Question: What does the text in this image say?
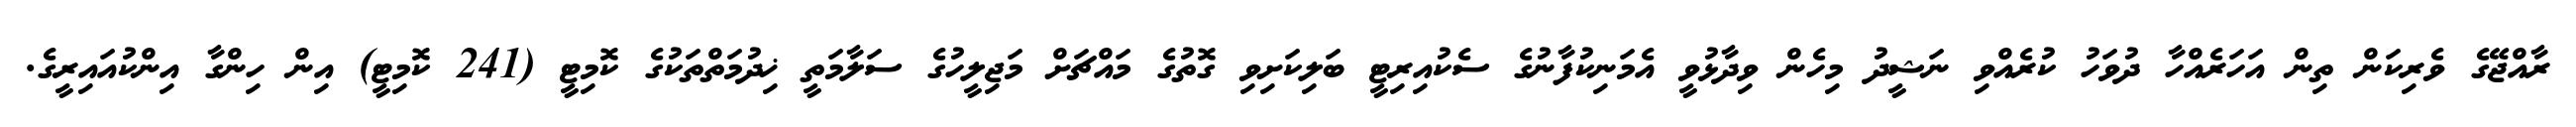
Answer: ރާއްޖޭގެ ވެރިކަން ތިން އަހަރެއްހާ ދުވަހު ކުރެއްވި ނަޝީދު މިހެން ވިދާޅުވީ އެމަނިކުފާނުގެ ސެކުއިރިޓީ ބަލިކަށިވި ގޮތުގެ މައްޗަށް މަޖިލީހުގެ ސަލާމަތީ ޚިދުމަތްތަކުގެ ކޮމިޓީ (241 ކޮމިޓީ) އިން ހިންގާ އިންކުއައިރީގެ.